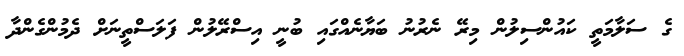
ގެ ސަލާމަތީ ކައުންސިލުން މިރޭ ނެރުނު ބަޔާނެއްގައި ބުނީ އިސްރޭލުން ފަލަސްތީނަށް ދެމުންގެންދާ